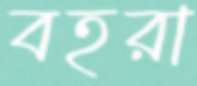
বহরা